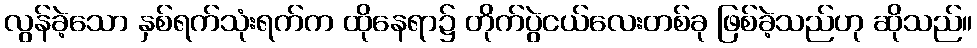
လွန်ခဲ့သော နှစ်ရက်သုံးရက်က ထိုနေရာ၌ တိုက်ပွဲငယ်လေးတစ်ခု ဖြစ်ခဲ့သည်ဟု ဆိုသည်။